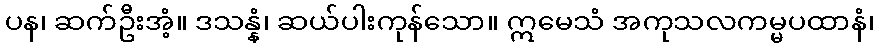
ပန၊ ဆက်ဦးအံ့။ ဒသန္နံ၊ ဆယ်ပါးကုန်သော။ ဣမေသံ အကုသလကမ္မပထာနံ၊